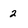
Character: 2